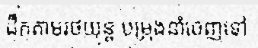
ដឹកតាមរថយន្ត បម្រុងនាំចេញទៅ